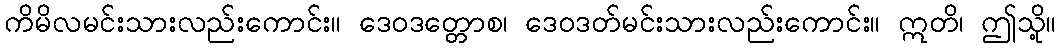
ကိမိလမင်းသားလည်းကောင်း။ ဒေဝဒတ္တောစ၊ ဒေဝဒတ်မင်းသားလည်းကောင်း။ ဣတိ၊ ဤသို့။